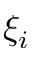
\xi _ { i }